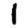
Digit: 1